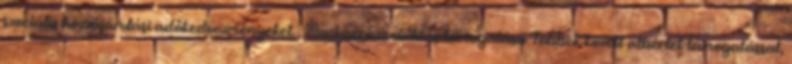
szociális hozzájárulási adókedvezményeket. . Munkaerő-mobilitás támogatása Többek között albérlet-támogatással,